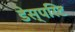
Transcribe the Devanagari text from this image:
डेस्परिट